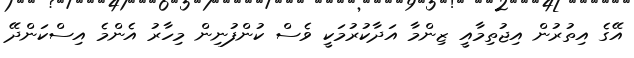
އޭގެ އިތުރުން އިޖުތިމާއީ ޒިންމާ އަދާކުރުމަކީ ވެސް ކުންފުނިން މިހާރު އެންމެ އިސްކަންދޭ